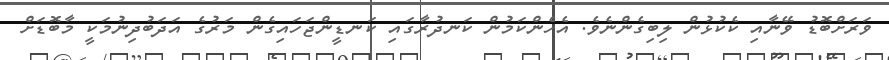
ވަރަށްބޮޑު ވޭނާއި ކެކުޅުން ލިބިގެންނެވެ. އެހެންކަމުން ކަނދުރާގައި ކަނޑީންޖަހައިގެން މަރުގެ އަދަބުދިނުމަކީ މާބޮޑަށް